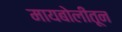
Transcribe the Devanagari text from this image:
मायबोलीतून